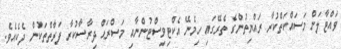
ވައްޓާލަން މަސައްކަތްކުރާ ރައްޔިތުންގެ ތެރޭގައި ހިމެނޭ އެކްޓިވިސްޓުންނާއި މަސްރަޙް ދިރާސާކުރާ ފަރާތްތަކުން ދެކެއެވެ.